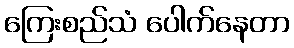
ကြေးစည်သံ ပေါက်နေတာ